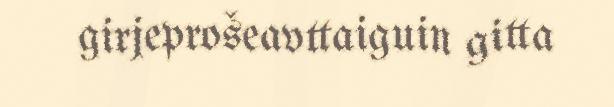
girjeprošeavttaiguin gitta